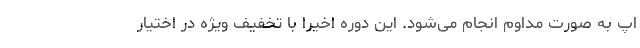
اپ به صورت مداوم انجام می‌شود. این دوره اخیرا با تخفیف ویژه در اختیار